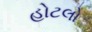
હોટલો